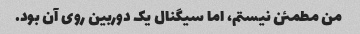
من مطمئن نیستم، اما سیگنال یک دوربین روی آن بود.